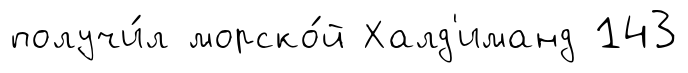
получи́л морско́й Халд'иманд 143